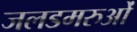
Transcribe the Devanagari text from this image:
जलडमरुओं